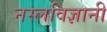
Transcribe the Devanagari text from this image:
नस्लविज्ञानी